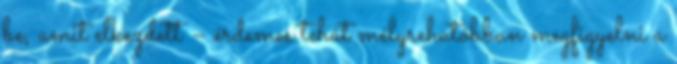
be, amit elkezdett – érdemes tehát mélyrehatóbban megfigyelni a